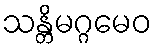
သန္တိမဂ္ဂမေဝ